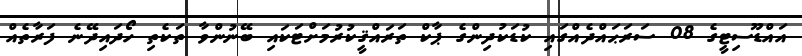
އައްޑޫސިޓީގެ 08 ސަރަޙައްދެއްގައި ކުޑަކުދިންގެ ޕާކް ތަރައްޤީކުރުމަށްޓަކައި ބޭނުންވާ ތަކެތި ހޯދައިދޭނެ ފަރާތެއް